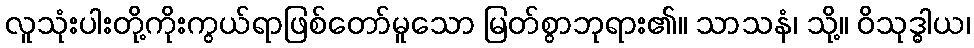
လူသုံးပါးတို့ကိုးကွယ်ရာဖြစ်တော်မူသော မြတ်စွာဘုရား၏။ သာသနံ၊ သို့။ ဝိသုဒ္ဓါယ၊